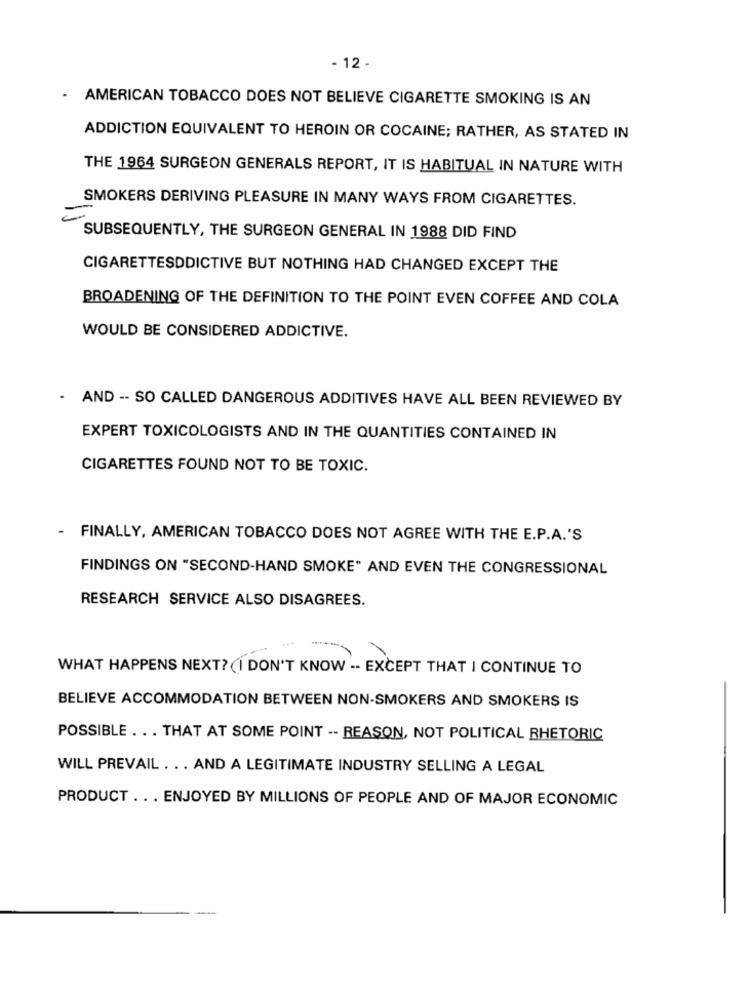
- 12 -
AMERICAN TOBACCO DOES NOT BELIEVE CIGARETTE SMOKING IS AN
ADDICTION EQUIVALENT TO HEROIN OR COCAINE; RATHER, AS STATED IN
THE 1964 SURGEON GENERALS REPORT, IT IS HABITUAL IN NATURE WITH
SMOKERS DERIVING PLEASURE IN MANY WAYS FROM CIGARETTES.
SUBSEQUENTLY, THE SURGEON GENERAL IN 1988 DID FIND
CIGARETTESDDICTIVE BUT NOTHING HAD CHANGED EXCEPT THE
BROADENING OF THE DEFINITION TO THE POINT EVEN COFFEE AND COLA
WOULD BE CONSIDERED ADDICTIVE.
- AND -- SO CALLED DANGEROUS ADDITIVES HAVE ALL BEEN REVIEWED BY
EXPERT TOXICOLOGISTS AND IN THE QUANTITIES CONTAINED IN
CIGARETTES FOUND NOT TO BE TOXIC.
-
FINALLY, AMERICAN TOBACCO DOES NOT AGREE WITH THE E.P.A.'S
FINDINGS ON "SECOND-HAND SMOKE" AND EVEN THE CONGRESSIONAL
RESEARCH SERVICE ALSO DISAGREES.
WHAT HAPPENS NEXT?(I DON'T KNOW -- EXCEPT THAT I CONTINUE TO
BELIEVE ACCOMMODATION BETWEEN NON-SMOKERS AND SMOKERS IS
POSSIBLE . .. THAT AT SOME POINT -- REASON, NOT POLITICAL RHETORIC
WILL PREVAIL . .. AND A LEGITIMATE INDUSTRY SELLING A LEGAL
PRODUCT .. . ENJOYED BY MILLIONS OF PEOPLE AND OF MAJOR ECONOMIC